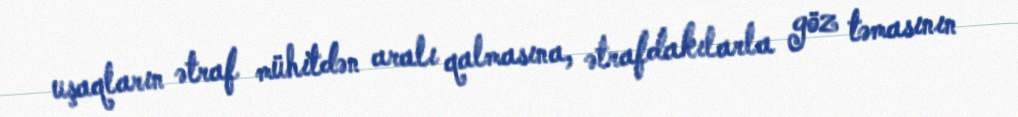
uşaqların ətraf mühitdən aralı qalmasına, ətrafdakılarla göz təmasının